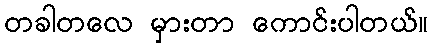
တခါတလေ မှားတာ ကောင်းပါတယ်။